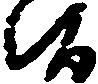
候